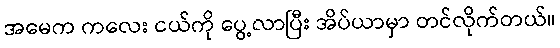
အမေက ကလေး ငယ်ကို ပွေ့လာပြီး အိပ်ယာမှာ တင်လိုက်တယ်။